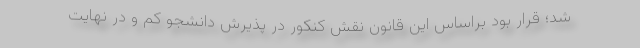
شد؛ قرار بود براساس این قانون نقش کنکور در پذیرش دانشجو کم و در نهایت